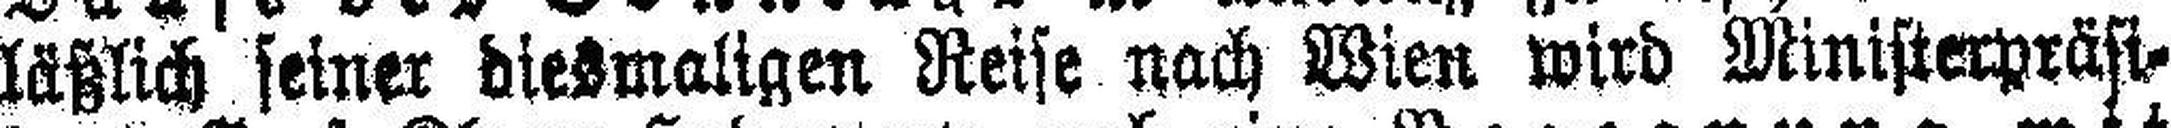
läßlich seiner diesmaligen Reise nach Wien wird Ministerpräsi¬